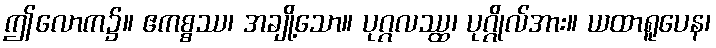
ဤလောက၌။ ဧကစ္စဿ၊ အချို့သော။ ပုဂ္ဂလဿ္ထ၊ ပုဂ္ဂိုလ်အား။ ယထာရူပေန၊